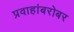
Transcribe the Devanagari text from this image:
प्रवाहांबरोबर